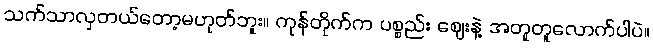
သက်သာလှတယ်တော့မဟုတ်ဘူး။ ကုန်တိုက်က ပစ္စည်း ဈေးနဲ့ အတူတူလောက်ပါပဲ။